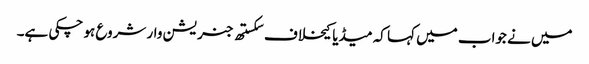
میں نے جواب میں کہا کہ میڈیا کیخلاف سکستھ جنریشن وار شروع ہو چکی ہے۔